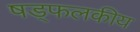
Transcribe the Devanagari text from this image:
षड्फलकीय